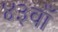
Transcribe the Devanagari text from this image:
४३वाँ